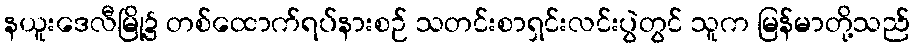
နယူးဒေလီမြို့၌ တစ်ထောက်ရပ်နားစဉ် သတင်းစာရှင်းလင်းပွဲတွင် သူက မြန်မာတို့သည်